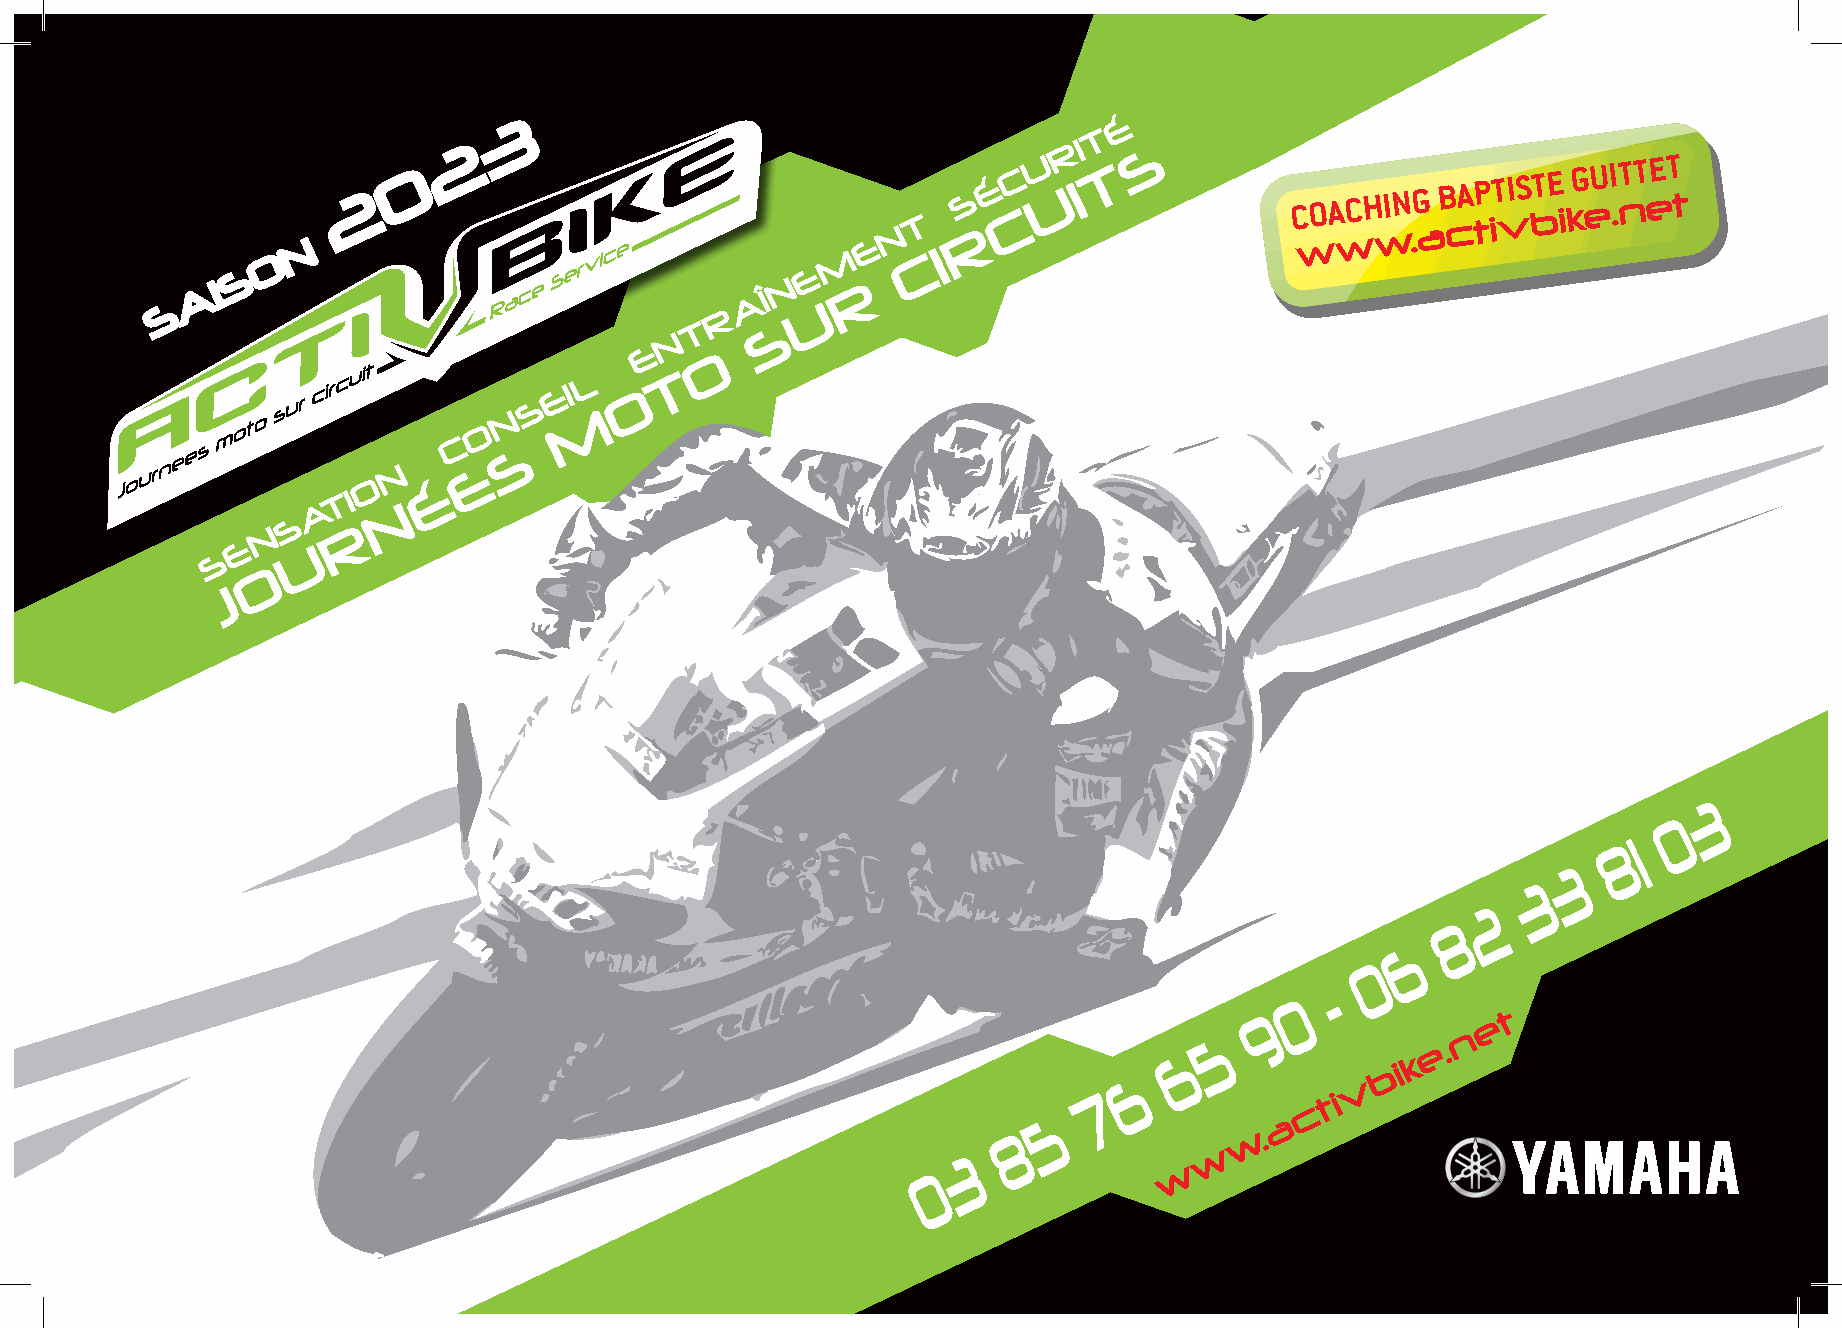
3                                        É
 T
 2                                        R I  S
 OO
 NN
 2  0
 M
 E
 N
 CT
 I
 RS É CC U U I T        C wOA wCH wIN .G
 a
 B cA tP iT vIS bTE i kG eUI .nTT eET t
 SS                                    E
 AA II                                  N    R
 SS                                     A Î U
 R
 T   S
 N
 E   O
 L –   T
 E I  O
 S
 N   M
 O
 C
 N
 –
 E
 S
 O   É
 T I
 A    N
 N S  R
 E   U
 S
 O
 J
 3
 0
 81
 3
 3
 2
 8
 6
 0
 -
 0
 9                t
 5               n
 e
 6               e .
 k
 6               b i
 v
 7
 ti
 5              a c
 8              w.
 3              w
 0               w